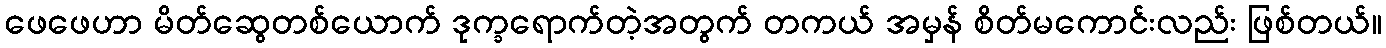
ဖေဖေဟာ မိတ်ဆွေတစ်ယောက် ဒုက္ခရောက်တဲ့အတွက် တကယ် အမှန် စိတ်မကောင်းလည်း ဖြစ်တယ်။